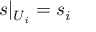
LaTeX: s | _ { U _ { i } } = s _ { i }